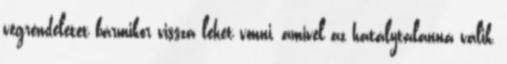
végrendeletet bármikor vissza lehet vonni, amivel az hatálytalanná válik,